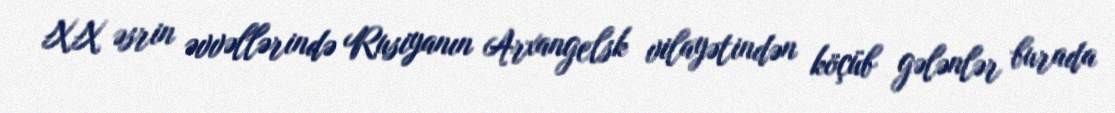
XX əsrin əvvəllərində Rusiyanın Arxangelsk vilayətindən köçüb gələnlər burada